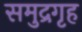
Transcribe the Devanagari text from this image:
समुद्रगृह